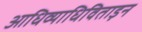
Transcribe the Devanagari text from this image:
आधिव्याधिविताड़न